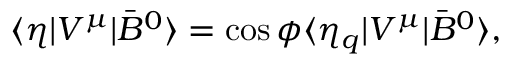
\langle \eta | V ^ { \mu } | \bar { B } ^ { 0 } \rangle = \cos { \phi } \langle \eta _ { q } | V ^ { \mu } | \bar { B } ^ { 0 } \rangle ,